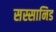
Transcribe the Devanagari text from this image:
सस्सानिड